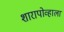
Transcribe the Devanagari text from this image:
शारापोव्हाला